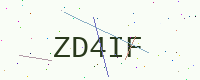
Text: ZD4IF